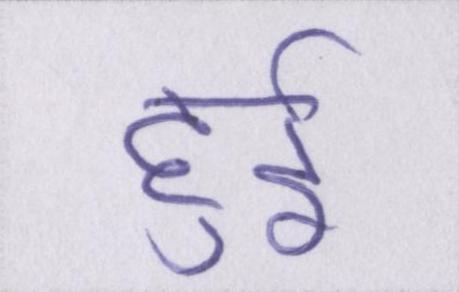
हुर्इ